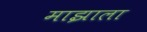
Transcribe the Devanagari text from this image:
माझाला